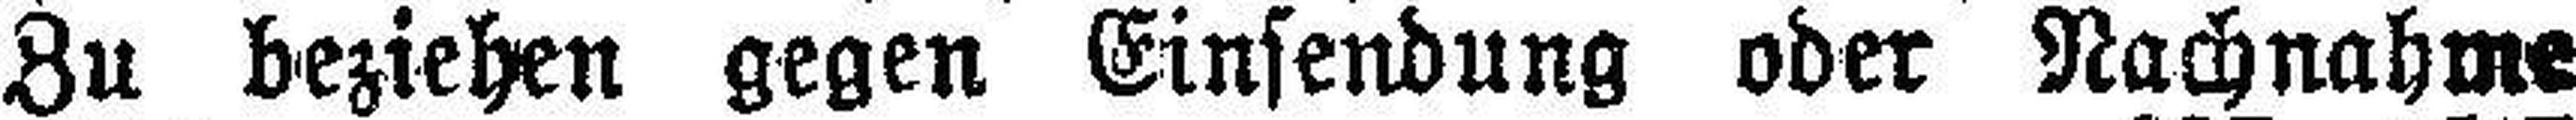
Zu beziehen gegen Einsendung oder Nachnahme